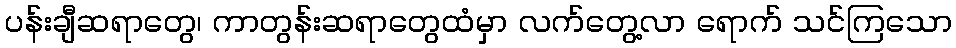
ပန်းချီဆရာတွေ၊ ကာတွန်းဆရာတွေထံမှာ လက်တွေ့လာ ရောက် သင်ကြသော